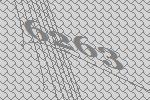
6263